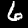
Label: 6